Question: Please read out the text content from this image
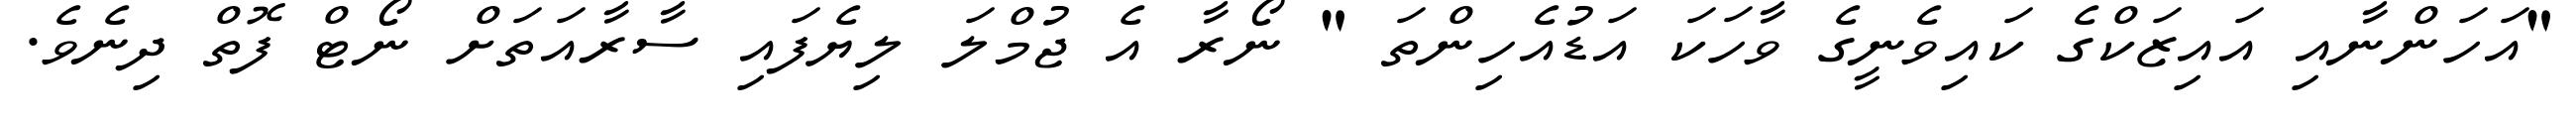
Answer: "އަހަންނާއި އައިޒަކްގެ ކައިވެނީގެ ވާހަކަ އަޑުއެހިންތަ " ނޯރާ އެ ޖުމްލަ ލިޔެފައި ސާރާއަތަށް ނޯޓް ފޮތް ދިނެވެ.